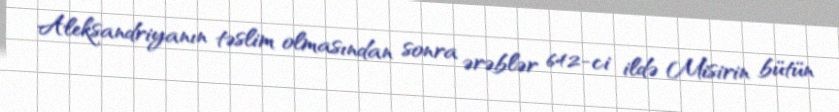
Aleksandriyanın təslim olmasından sonra ərəblər 642-ci ildə Misirin bütün